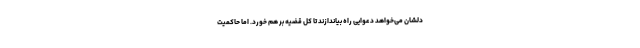
دلشان می‌خواهد دعوایی راه بیاندازند تا کل قضیه بر هم خورد. اما حاکمیت